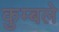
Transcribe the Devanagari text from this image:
कुम्बले